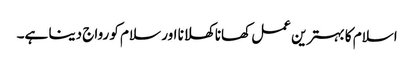
اسلام کا بہترین عمل کھانا کھلانا اور سلام کو رواج دینا ہے۔